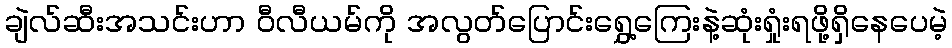
ချဲလ်ဆီးအသင်းဟာ ဝီလီယမ်ကို အလွတ်ပြောင်းရွှေ့ကြေးနဲ့ဆုံးရှုံးရဖို့ရှိနေပေမဲ့